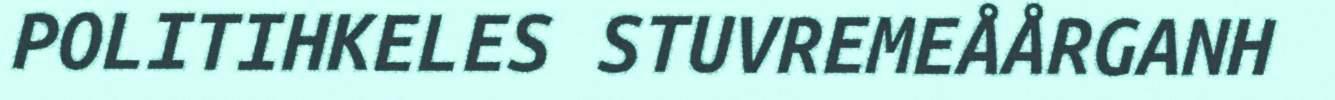
POLITIHKELES STUVREMEÅÅRGANH